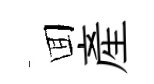
囬産